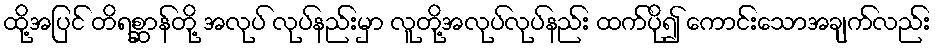
ထို့အပြင် တိရစ္ဆာန်တို့ အလုပ် လုပ်နည်းမှာ လူတို့အလုပ်လုပ်နည်း ထက်ပို၍ ကောင်းသောအချက်လည်း